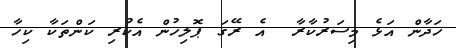
ހަދާން އަޅެ މިސަރުކާރާ  އެ ރޭގަ ޕޮލިހުން އެކުރި ކަންތަކާ ކިހާ